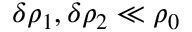
\delta \rho _ { 1 } , \delta \rho _ { 2 } \ll \rho _ { 0 }